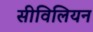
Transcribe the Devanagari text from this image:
सीविलियन